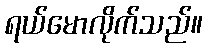
ရယ်မောလိုက်သည်။